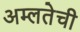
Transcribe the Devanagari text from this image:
अम्लतेची